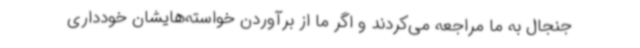
جنجال به ما مراجعه می‌کردند و اگر ما از برآوردن خواسته‌هایشان خودداری